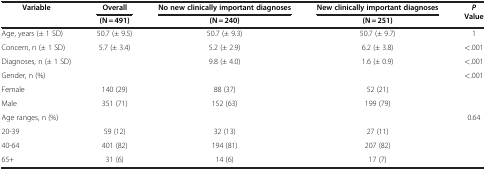
| Variable | Overall | No new clinically important diagnoses | New clinically important diagnoses | PValue |
 |  | (N = 491) | (N = 240) | (N = 251) |  |
 | --- | --- | --- | --- | --- |
 | Age, years (± 1 SD) | 50.7 (± 9.5) | 50.7 (± 9.3) | 50.7 (± 9.7) | 1 |
 | Concern, n (± 1 SD) | 5.7 (± 3.4) | 5.2 (± 2.9) | 6.2 (± 3.8) | <.001 |
 | Diagnoses, n (± 1 SD) |  | 9.8 (± 4.0) | 1.6 (± 0.9) | <.001 |
 | Gender, n (%) |  |  |  | <.001 |
 | Female | 140 (29) | 88 (37) | 52 (21) |  |
 | Male | 351 (71) | 152 (63) | 199 (79) |  |
 | Age ranges, n (%) |  |  |  | 0.64 |
 | 20-39 | 59 (12) | 32 (13) | 27 (11) |  |
 | 40-64 | 401 (82) | 194 (81) | 207 (82) |  |
 | 65+ | 31 (6) | 14 (6) | 17 (7) |  |